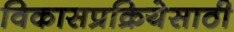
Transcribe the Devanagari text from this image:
विकासप्रक्रियेसाठी